Indian journal of veterinary science and animal husbandry - Volume 13,
Year: 1943
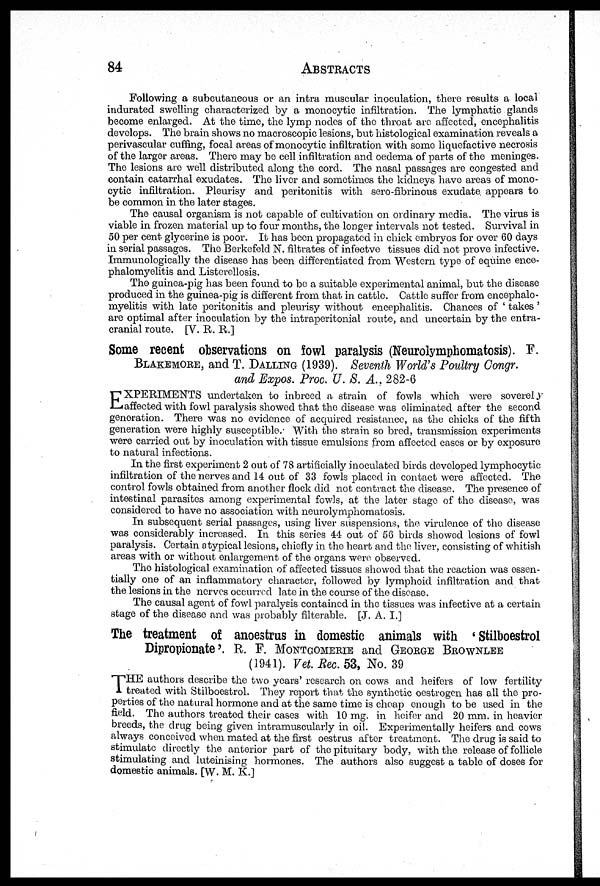
84
ABSTRACTS
Following a subcutaneous or an intra muscular inoculation, there results a local
indurated swelling characterized by a monocytic infiltration. The lymphatic glands
become enlarged. At the time, the lymp nodes of the throat are affected, encephalitis
develops. The brain shows no macroscopic lesions, but histological examination reveals a
perivascular cuffing, focal areas of monocytic infiltration with some liquefactive necrosis
of the larger areas. There may be cell infiltration and oedema of parts of the meninges.
The lesions are well distributed along the cord. The nasal passages arc congested and
contain catarrhal exudates. The liver and sometimes the kidneys have areas of mono-
cytic infiltration. Pleurisy and peritonitis with sero-fibrinous exudate appears to
be common in the later stages.
The causal organism is not capable of cultivation on ordinary media. The virus is
viable in frozen material up to four months, the longer intervals not tested. Survival in
50 per cent glycerine is poor. It has been propagated in chick embryos for over 60 days
in serial passages. The Berkefeld N. filtrates of infectve tissues did not prove infective.
Immunologically the disease has been differentiated from Western type of equine ence-
phalomyelitis and Listerellosis.
The guinea-pig has been found to be a suitable experimental animal, but the disease
produced in the guinea-pig is different from that in cattle. Cattle suffer from encephalo-
myelitis with late peritonitis and pleurisy without encephalitis. Chances of ' takes '
are optimal after inoculation by the intraperitonial route, and uncertain by the entra¬
cranial route. [V. R. R.]
Some recent observations on fowl paralysis (Neurolymphomatosis). F.
BLAKEMORE, and T. DALLING (1939). Seventh World's Poultry Congr.
and Expos. Proc. U. S. A., 282-6
E XPERIMENTS undertaken to inbreed a strain of fowls which were severely
affected with fowl paralysis showed that the disease was eliminated after the second
generation. There was no evidence of acquired resistance, as the chicks of the fifth
generation were highly susceptible. With the strain so bred, transmission experiments
were carried out by inoculation with tissue emulsions from affected cases or by exposure
to natural infections.
In the first experiment 2 out of 78 artificially inoculated birds developed lymphocytic
infiltration of the nerves and 14 out of 33 fowls placed in contact were affected. The
control fowls obtained from another flock did not contract the disease. The presence of
intestinal parasites among experimental fowls, at the later stage of the disease, was
considered to have no association with neurolymphomatosis.
In subsequent serial passages, using liver suspensions, the virulence of the disease
was considerably increased. In this series 44 out of 56 birds showed lesions of fowl
paralysis. Certain atypical lesions, chiefly in the heart and the liver, consisting of whitish
areas with or without enlargement of the organs were observed.
The histological examination of affected tissues showed that the reaction was essen-
tially one of an inflammatory character, followed by lymphoid infiltration and that
the lesions in the nerves occurred late in the course of the disease.
The causal agent of fowl paralysis contained in the tissues was infective at a certain
stage of the disease and was probably filterable. [J. A. I.]
The treatment of anoestrus in domestic animals with ' Stilboestrol
Dipropionate '. R. F. MONTGOMERIE and GEORGE BROWNLEE
(1941). Vet. Rec. 53, No. 39
T HE authors describe the two years' research on cows and heifers of low fertility
treated with Stilboestrol. They report that the synthetic oestrogen has all the pro-
perties of the natural hormone and at the same time is cheap enough to be used in the
field. The authors treated their cases with 10 mg. in heifer and 20 mm. in heavier
breeds, the drug being given intramuscularly in oil. Experimentally heifers and cows
always conceived when mated at the first oestrus after treatment. The drug is said to
stimulate directly the anterior part of the pituitary body, with the release of follicle
stimulating and luteinising hormones. The authors also suggest a table of doses for
domestic animals. [W. M. K.]